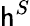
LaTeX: \mathsf{h}^{S}